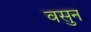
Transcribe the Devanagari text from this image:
वसुन